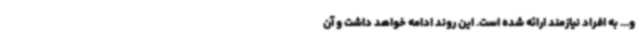
و... به افراد نیازمند ارائه شده است. این روند ادامه خواهد داشت و آن